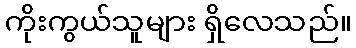
ကိုးကွယ်သူများ ရှိလေသည်။